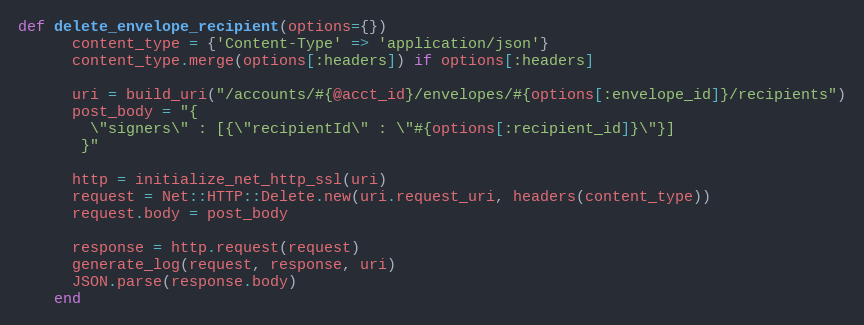
Language: Ruby
def delete_envelope_recipient(options={})
      content_type = {'Content-Type' => 'application/json'}
      content_type.merge(options[:headers]) if options[:headers]

      uri = build_uri("/accounts/#{@acct_id}/envelopes/#{options[:envelope_id]}/recipients")
      post_body = "{
        \"signers\" : [{\"recipientId\" : \"#{options[:recipient_id]}\"}]
       }"

      http = initialize_net_http_ssl(uri)
      request = Net::HTTP::Delete.new(uri.request_uri, headers(content_type))
      request.body = post_body

      response = http.request(request)
      generate_log(request, response, uri)
      JSON.parse(response.body)
    end